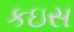
કઇસ